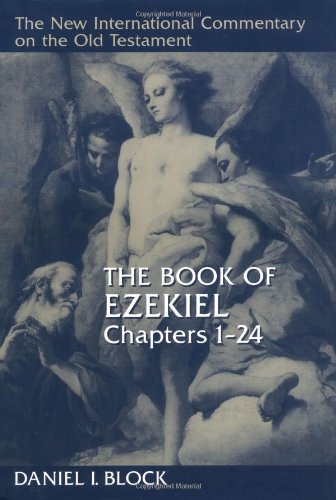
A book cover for The Book of Ezekiel, Chapters 1EE24 (New International Commentary on the Old Testament); Daniel I. Block; Reference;